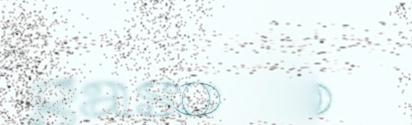
gassko